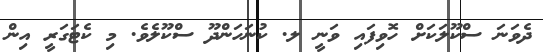
ދެވަނަ ސްކޫލަކަށް ހޮވިފައި ވަނީ ލ. ކުނަހަންދޫ ސްކޫލެވެ. މި ކެޓަގަރީ އިން